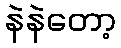
နဲနဲတော့